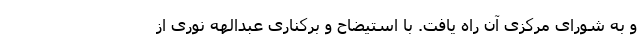
و به شورای مرکزی آن راه یافت. با استیضاح و برکناری عبدالهه نوری از